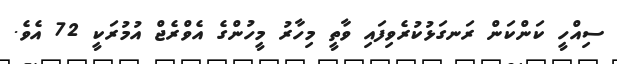
ސިއްހީ ކަންކަން ރަނގަޅުކުރެވިފައި ވާތީ މިހާރު މީހުންގެ އެވްރެޖް އުމުރަކީ 72 އެވެ.